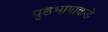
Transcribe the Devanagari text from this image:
पृष्ठभागाकडे